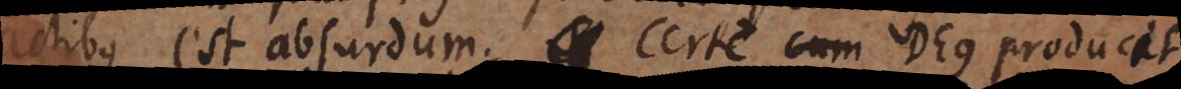
actibus est absurdum. Certe Deus producit